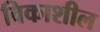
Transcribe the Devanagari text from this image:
विकाशील